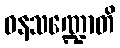
ဝနသဏ္ဍောတိ